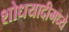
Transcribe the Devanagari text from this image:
शोधयादीमध्ये